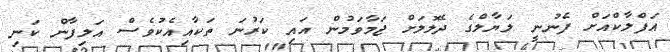
އަފްލާކްއަށް ފެނުނީ ލަޔާލްގެ ދެލޮލަށް ޖަމާވަމުން އައި ކަރުނަ ތަކާއިއެކުވެސް އަލިފާން ކަނި